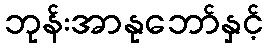
ဘုန်းအာနုဘော်နှင့်